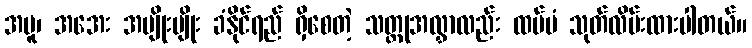
အပူ၊ အအေး အမျိုးမျိုး ခံနိုင်ရည် ရှိစေတဲ့ သတ္တုအလွှာလည်း ထပ်မံ သုတ်လိမ်းထားပါတယ်။